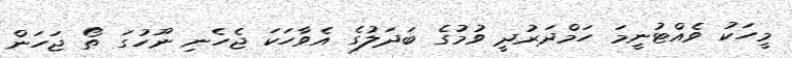
މީހަކު ވެއްޓުނީމަ ހަމްދަރުދީ ވުމުގެ ބަދަލުގެ އެވާހަކަ ޖެހެނި ނޫހުގަ ތޯ ޖަހަން